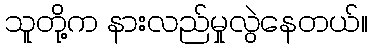
သူတို့က နားလည်မှုလွဲနေတယ်။